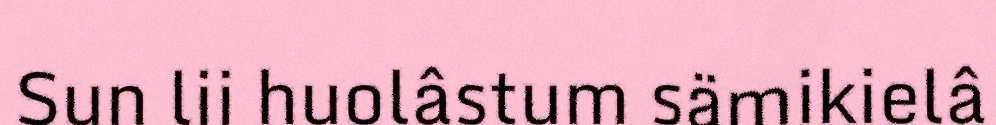
Sun lii huolâstum sämikielâ